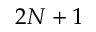
2 N + 1